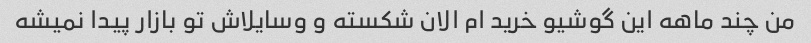
من چند ماهه این گوشیو خرید ام الان شکسته و وسایلاش تو بازار پیدا نمیشه